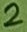
Text: 2